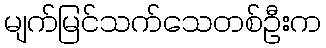
မျက်မြင်သက်သေတစ်ဦးက